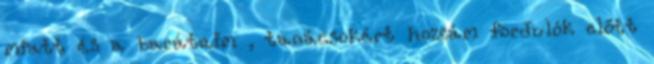
miatt és a barátaim , tanácsokért hozzám fordulók előtt